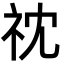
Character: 𮁡